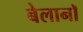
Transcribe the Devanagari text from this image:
बेलानॉ